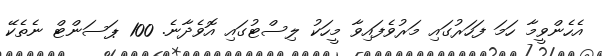
އެހެންވީމާ ހަމަ ފަހަރުގައި މަރުވެފައިވާ މީހަކު ލިސްޓުގައި އޮވެދާނެ. 100 ޕަސަންޓް ނެތެކޭ